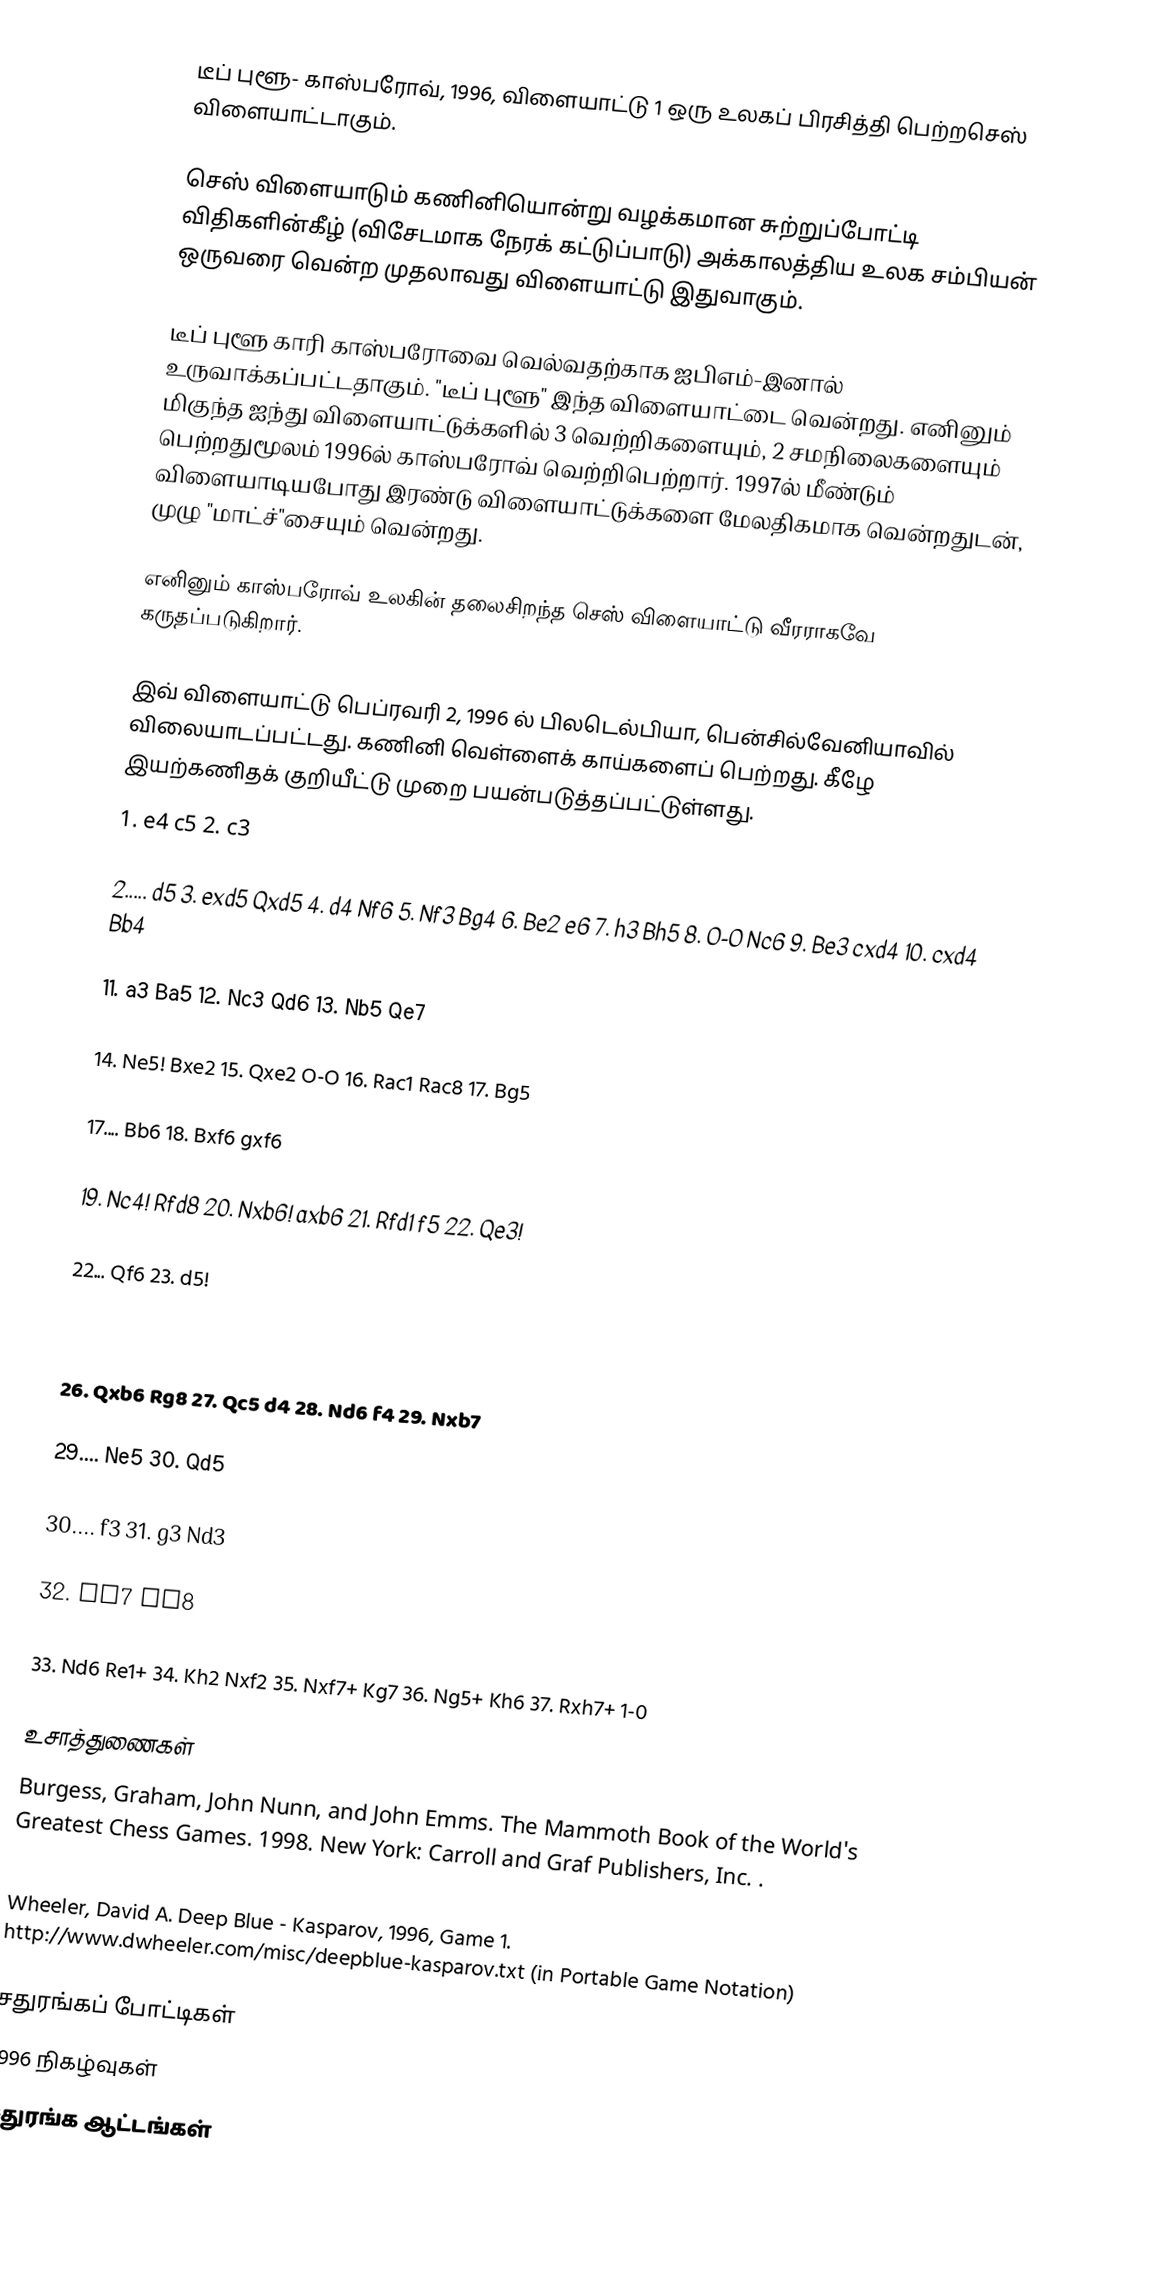
டீப் புளூ- காஸ்பரோவ், 1996, விளையாட்டு 1 ஒரு உலகப் பிரசித்தி பெற்றசெஸ் விளையாட்டாகும்.

செஸ் விளையாடும் கணினியொன்று வழக்கமான சுற்றுப்போட்டி விதிகளின்கீழ் (விசேடமாக நேரக் கட்டுப்பாடு) அக்காலத்திய உலக சம்பியன் ஒருவரை வென்ற முதலாவது விளையாட்டு இதுவாகும்.

டீப் புளூ காரி காஸ்பரோவை வெல்வதற்காக ஐபிஎம்-இனால் உருவாக்கப்பட்டதாகும். "டீப் புளூ" இந்த விளையாட்டை வென்றது. எனினும் மிகுந்த ஐந்து விளையாட்டுக்களில் 3 வெற்றிகளையும், 2 சமநிலைகளையும் பெற்றதுமூலம் 1996ல் காஸ்பரோவ் வெற்றிபெற்றார். 1997ல் மீண்டும் விளையாடியபோது இரண்டு விளையாட்டுக்களை மேலதிகமாக வென்றதுடன், முழு "மாட்ச்"சையும் வென்றது.

எனினும் காஸ்பரோவ் உலகின் தலைசிறந்த செஸ் விளையாட்டு வீரராகவே கருதப்படுகிறார்.

இவ் விளையாட்டு பெப்ரவரி 2, 1996 ல் பிலடெல்பியா, பென்சில்வேனியாவில் விலையாடப்பட்டது. கணினி வெள்ளைக் காய்களைப் பெற்றது. கீழே இயற்கணிதக் குறியீட்டு முறை பயன்படுத்தப்பட்டுள்ளது.
1. e4 c5 2. c3

2..... d5 3. exd5 Qxd5 4. d4 Nf6 5. Nf3 Bg4 6. Be2 e6 7. h3 Bh5 8. O-O Nc6 9. Be3 cxd4 10. cxd4 Bb4

11. a3 Ba5 12. Nc3 Qd6 13. Nb5 Qe7

14. Ne5! Bxe2 15. Qxe2 O-O 16. Rac1 Rac8 17. Bg5

17.... Bb6 18. Bxf6 gxf6

19. Nc4! Rfd8 20. Nxb6! axb6 21. Rfd1 f5 22. Qe3!

22... Qf6 23. d5!

23... Rxd5 24. Rxd5 exd5 25. b3! Kh8?

26. Qxb6 Rg8 27. Qc5 d4 28. Nd6 f4 29. Nxb7

29.... Ne5 30. Qd5

30.... f3 31. g3 Nd3

32. Rc7 Re8

33. Nd6 Re1+ 34. Kh2 Nxf2 35. Nxf7+ Kg7 36. Ng5+ Kh6 37. Rxh7+ 1-0

உசாத்துணைகள்
 Burgess, Graham, John Nunn, and John Emms. The Mammoth Book of the World's Greatest Chess Games. 1998. New York: Carroll and Graf Publishers, Inc. .
 Eade, James. Chess for Dummies.  1996. Foster City, CA: IDG Books Worldwide, Inc. .
 Wheeler, David A. Deep Blue - Kasparov, 1996, Game 1.  http://www.dwheeler.com/misc/deepblue-kasparov.txt  (in Portable Game Notation)

சதுரங்கப் போட்டிகள்
1996 நிகழ்வுகள்
சதுரங்க ஆட்டங்கள்